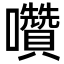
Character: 囋